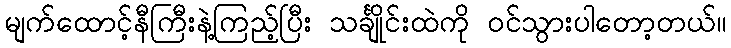
မျက်ထောင့်နီကြီးနဲ့ကြည့်ပြီး သင်္ချိုင်းထဲကို ဝင်သွားပါတော့တယ်။